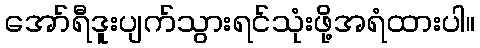
အော်ရီဒူးပျက်သွားရင်သုံးဖို့အရံထားပါ။